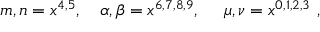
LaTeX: m , n = x ^ { 4 , 5 } , ~ ~ ~ \alpha , \beta = x ^ { 6 , 7 , 8 , 9 } , ~ ~ ~ ~ \mu , \nu = x ^ { 0 , 1 , 2 , 3 } \ ,